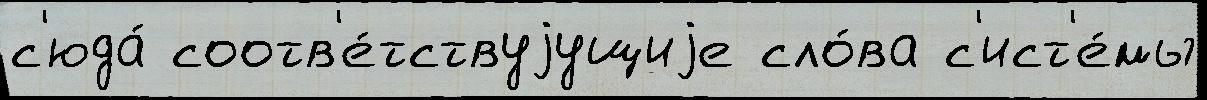
с'юда́ соотв'е́тствуjущиjе сло́ва с'ист'е́мы